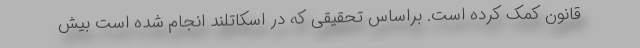
قانون کمک کرده است. براساس تحقیقی که در اسکاتلند انجام شده است بیش